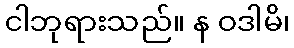
ငါဘုရားသည်။ န ဝဒါမိ၊